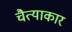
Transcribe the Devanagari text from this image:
चैत्याकार